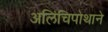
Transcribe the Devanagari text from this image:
अलिंचिपोथाने